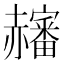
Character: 𧺀